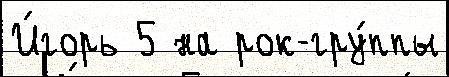
И́горь 5 на рок-гру́ппы